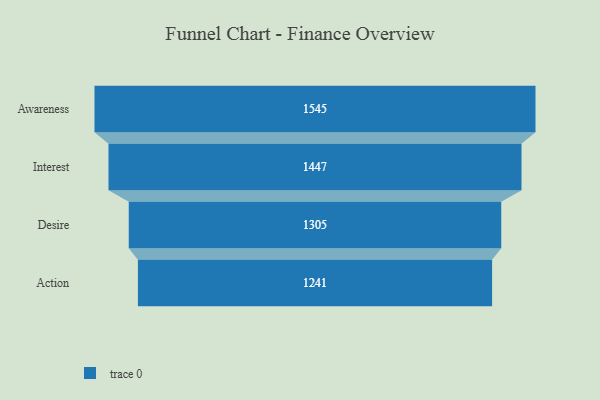
{"axis": {"x": "Stage", "y": "Value"}, "legend": [""], "data": [{"x": "Awareness", "y": 1545.0, "type": ""}, {"x": "Interest", "y": 1447.0, "type": ""}, {"x": "Desire", "y": 1305.0, "type": ""}, {"x": "Action", "y": 1241.0, "type": ""}]}